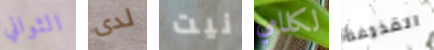
الثواني لدى نيت لكلامي القذيفة